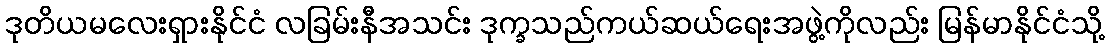
ဒုတိယမလေးရှားနိုင်ငံ လခြမ်းနီအသင်း ဒုက္ခသည်ကယ်ဆယ်ရေးအဖွဲ့ကိုလည်း မြန်မာနိုင်ငံသို့